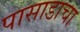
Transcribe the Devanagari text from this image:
पासाडाचा